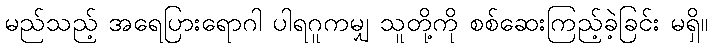
မည်သည့် အရေပြားရောဂါ ပါရဂူကမျှ သူတို့ကို စစ်ဆေးကြည့်ခဲ့ခြင်း မရှိ။